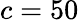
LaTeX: c=50